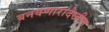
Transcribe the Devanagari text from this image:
बनवणारादेखील